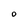
Character: O